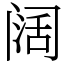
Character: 阔